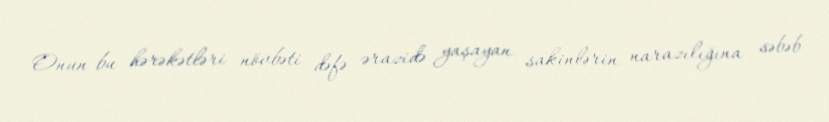
Onun bu hərəkətləri növbəti dəfə ərazidə yaşayan sakinlərin narazılığına səbəb